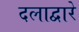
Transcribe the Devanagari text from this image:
दलाद्वारे